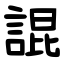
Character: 䛰